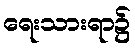
ရေးသားရာ၌